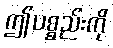
ဤပစ္စည်းကို